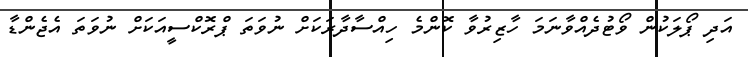
އަދި ޕޯލަކުން ވޯޓުދެއްވާނަމަ ހާޒިރުވާ ކޮންމެ ހިއްސާދާރަކަށް ނުވަތަ ޕްރޮކްސީއަކަށް ނުވަތަ އެޖެންޑާ